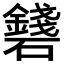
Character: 𥗛